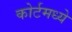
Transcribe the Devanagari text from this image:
कोर्टमध्ये